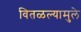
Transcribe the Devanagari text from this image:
वितळल्यामुले